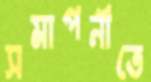
সমাপনীতে